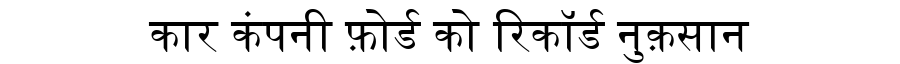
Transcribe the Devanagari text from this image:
कार कंपनी फ़ोर्ड को रिकॉर्ड नुक़सान